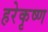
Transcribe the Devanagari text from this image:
हरेकृष्‍ण